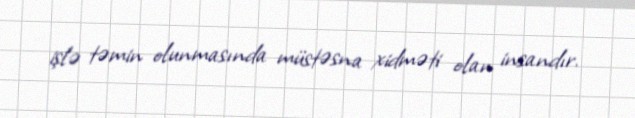
işlə təmin olunmasında müstəsna xidməti olan insandır.